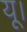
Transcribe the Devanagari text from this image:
यू।